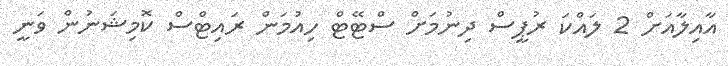
އާއިލާއަށް 2 ލައްކަ ރުޕީސް ދިނުމަށް ސްޓޭޓް ހިއުމަން ރައިޓްސް ކޮމިޝަނުން ވަނީ